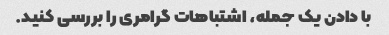
با دادن یک جمله، اشتباهات گرامری را بررسی کنید.